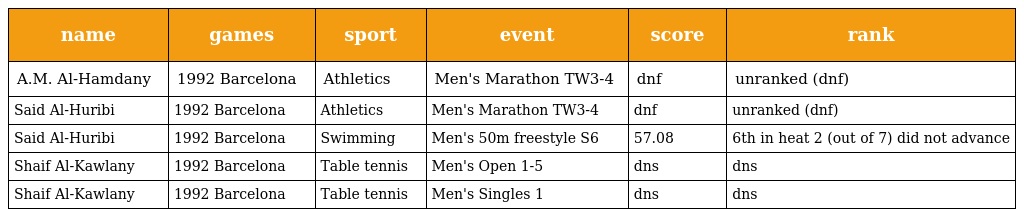
| name | games | sport | event | score | rank |
 | --- | --- | --- | --- | --- | --- |
 | A.M. Al-Hamdany | 1992 Barcelona | Athletics | Men's Marathon TW3-4 | dnf | unranked (dnf) |
 | Said Al-Huribi | 1992 Barcelona | Athletics | Men's Marathon TW3-4 | dnf | unranked (dnf) |
 | Said Al-Huribi | 1992 Barcelona | Swimming | Men's 50m freestyle S6 | 57.08 | 6th in heat 2 (out of 7) did not advance |
 | Shaif Al-Kawlany | 1992 Barcelona | Table tennis | Men's Open 1-5 | dns | dns |
 | Shaif Al-Kawlany | 1992 Barcelona | Table tennis | Men's Singles 1 | dns | dns |